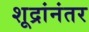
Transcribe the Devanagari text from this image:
शूद्रांनंतर